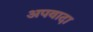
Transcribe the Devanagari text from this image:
अपवादा